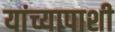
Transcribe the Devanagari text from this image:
यांच्यापाशी